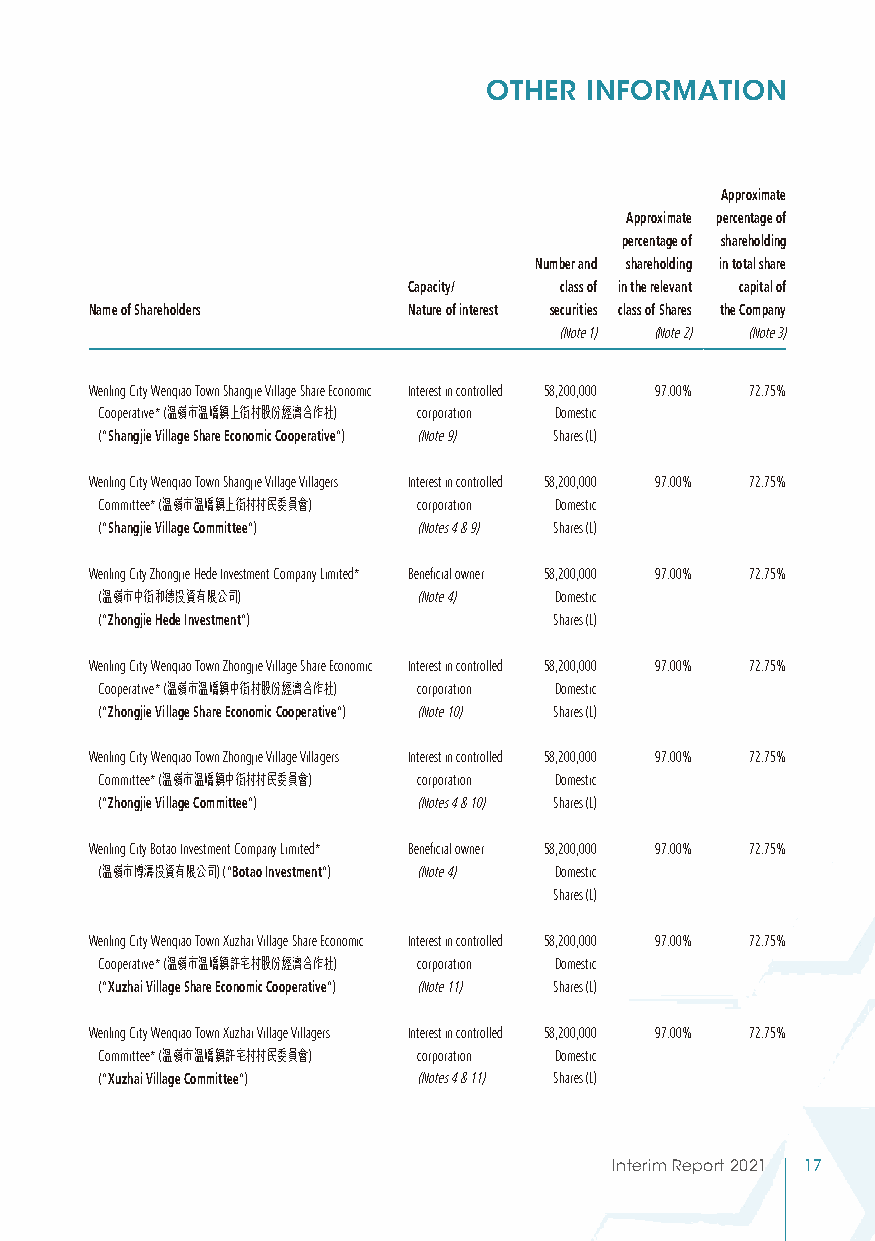
OTHER  INFORMATION
 Approximate
 Approximate percentage of
 percentage of shareholding
 Number and shareholding in total share
 Capacity/ class of in the relevant capital of
 Name of Shareholders Nature of interest securities class of Shares the Company
 (Note 1) (Note 2) (Note 3)
 Wenling City Wenqiao Town Shangjie Village Share Economic Interest in controlled 58,200,000 97.00% 72.75%
 Cooperative* (溫嶺市溫嶠鎮上街村股份經濟合作社) corporation Domestic
 (“Shangjie Village Share Economic Cooperative”) (Note 9) Shares (L)
 Wenling City Wenqiao Town Shangjie Village Villagers Interest in controlled 58,200,000 97.00% 72.75%
 Committee* (溫嶺市溫嶠鎮上街村村民委員會) corporation Domestic
 (“Shangjie Village Committee”) (Notes 4 & 9) Shares (L)
 Wenling City Zhongjie Hede Investment Company Limited* Beneficial owner 58,200,000 97.00% 72.75%
 (溫嶺市中街和德投資有限公司)      (Note 4) Domestic
 (“Zhongjie Hede Investment”)  Shares (L)
 Wenling City Wenqiao Town Zhongjie Village Share Economic Interest in controlled 58,200,000 97.00% 72.75%
 Cooperative* (溫嶺市溫嶠鎮中街村股份經濟合作社) corporation Domestic
 (“Zhongjie Village Share Economic Cooperative”) (Note 10) Shares (L)
 Wenling City Wenqiao Town Zhongjie Village Villagers Interest in controlled 58,200,000 97.00% 72.75%
 Committee* (溫嶺市溫嶠鎮中街村村民委員會) corporation Domestic
 (“Zhongjie Village Committee”) (Notes 4 & 10) Shares (L)
 Wenling City Botao Investment Company Limited* Beneficial owner 58,200,000 97.00% 72.75%
 (溫嶺市博濤投資有限公司) (“Botao Investment”) (Note 4) Domestic
 Shares (L)
 Wenling City Wenqiao Town Xuzhai Village Share Economic Interest in controlled 58,200,000 97.00% 72.75%
 Cooperative* (溫嶺市溫嶠鎮許宅村股份經濟合作社) corporation Domestic
 (“Xuzhai Village Share Economic Cooperative”) (Note 11) Shares (L)
 Wenling City Wenqiao Town Xuzhai Village Villagers Interest in controlled 58,200,000 97.00% 72.75%
 Committee* (溫嶺市溫嶠鎮許宅村村民委員會) corporation Domestic
 (“Xuzhai Village Committee”) (Notes 4 & 11) Shares (L)
 Interim Report 2021 17